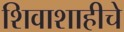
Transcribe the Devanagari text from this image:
शिवाशाहीचे